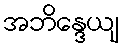
အဘိန္ဒေယျ